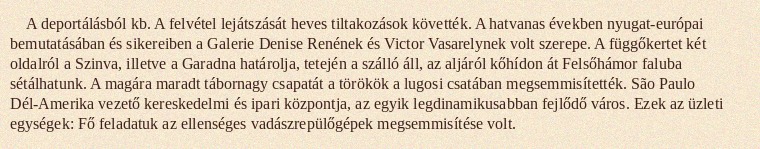
A deportálásból kb. A felvétel lejátszását heves tiltakozások követték. A hatvanas években nyugat-európai bemutatásában és sikereiben a Galerie Denise Renének és Victor Vasarelynek volt szerepe. A függőkertet két oldalról a Szinva, illetve a Garadna határolja, tetején a szálló áll, az aljáról kőhídon át Felsőhámor faluba sétálhatunk. A magára maradt tábornagy csapatát a törökök a lugosi csatában megsemmisítették. São Paulo Dél-Amerika vezető kereskedelmi és ipari központja, az egyik legdinamikusabban fejlődő város. Ezek az üzleti egységek: Fő feladatuk az ellenséges vadászrepülőgépek megsemmisítése volt.